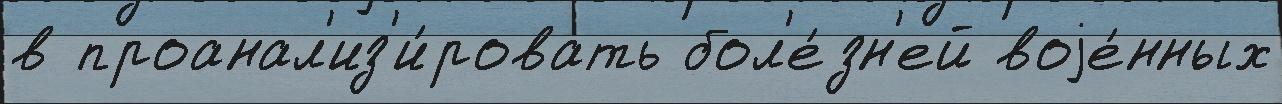
в проанал'из'и́ровать бол'е́зн'ей воjе́нных